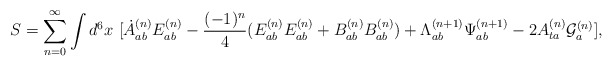
\begin{align*}S = \sum_{n=0}^{\infty} \int d^6x \ [\dot{A}_{ab}^{(n)}E^{(n)}_{ab} - \frac{(-1)^n}{4}(E_{ab}^{(n)}E_{ab}^{(n)} + B_{ab}^{(n)}B_{ab}^{(n)}) + {\Lambda}_{ab}^{(n+1)}{\Psi}_{ab}^{(n+1)} - 2 A_{ta}^{(n)}{\cal G}_a^{(n)}] ,\end{align*}